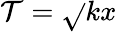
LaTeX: \mathcal{T}={\sqrt{}{{kx}}}